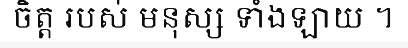
ចិត្ត របស់ មនុស្ស ទាំងឡាយ ។